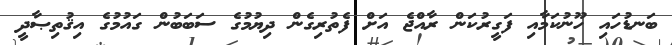
ބަނޑުހައި ހޫނުކަމާއި ފަގީރުކަން ރާއްޖެ އަށް ފެތުރިގެން ދިޔުމުގެ ސަބަބުން ގައުމުގެ އިޤުތިޞާދީ